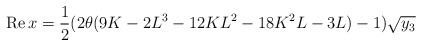
\begin{align*}\mbox{Re} \, x = \frac{1}{2} (2\theta (9K - 2L^3 - 12KL^2 - 18K^2 L - 3L ) -1) \sqrt{y_3 }\end{align*}